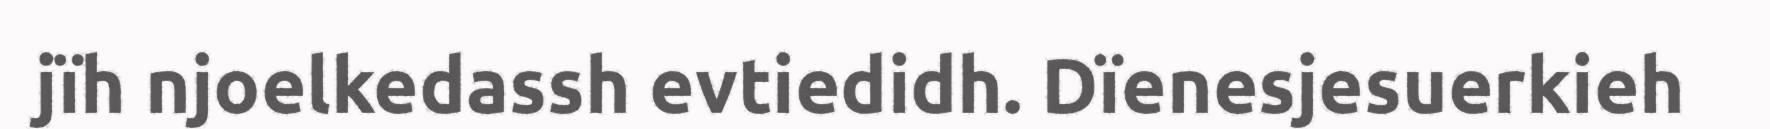
jïh njoelkedassh evtiedidh. Dïenesjesuerkieh